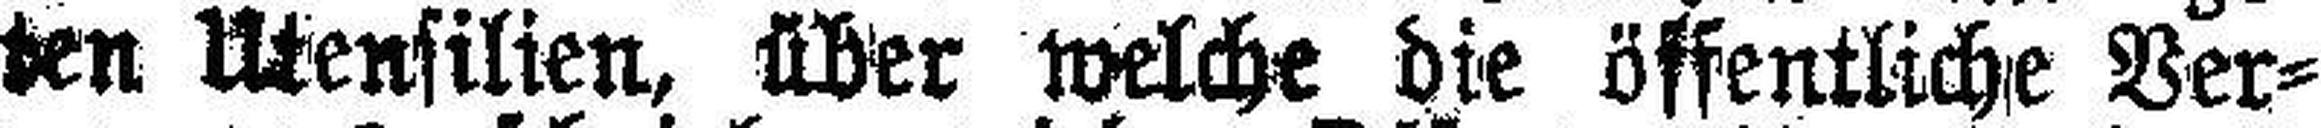
b###chten Utensilien, über welche die öffentliche Ver¬